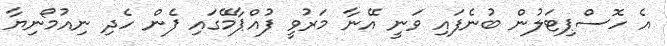
އެ ހޮސްޕިޓަލުން ބުނެފައި ވަނީ އޭނާ މަރުވީ ފުއްޕާމޭގައި ފެން ހެދި ނިއުމޯނިޔާ